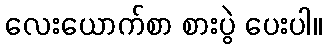
လေးယောက်စာ စားပွဲ ပေးပါ။